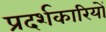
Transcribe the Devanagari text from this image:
प्रदर्शकारियों